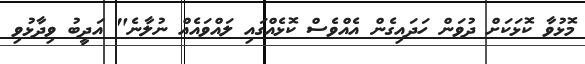
މޮޅުވާ ކޮޅަކަށް ދުވަން ހަދައިގެން އެއްވެސް ކޮޅެއްގައި ލައްވައެއް ނުލާނެ" އަދީބު ވިދާޅުވި